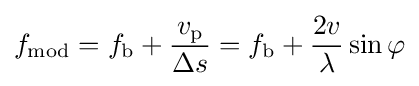
f_{\text{mod}}=f_{\text{b}}+{\frac {v_{\text{p}}}{\Delta s}}=f_{\text{b}}+{\frac {2v}{\lambda }}\sin \varphi